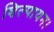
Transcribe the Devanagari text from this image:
शिल्पायन।